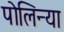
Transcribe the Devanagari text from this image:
पोलिन्या